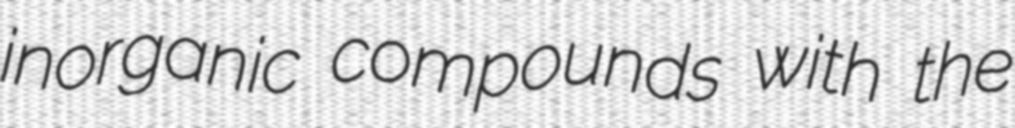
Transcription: inorganic compounds with the